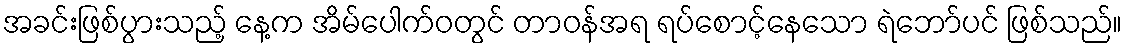
အခင်းဖြစ်ပွားသည့် နေ့က အိမ်ပေါက်ဝတွင် တာဝန်အရ ရပ်စောင့်နေသော ရဲဘော်ပင် ဖြစ်သည်။